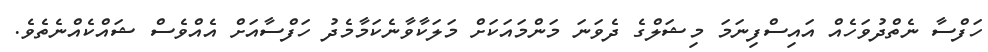
ހަފްސާ ނެތްދުވަހެއް އައިސްފިނަމަ މިޝަލްގެ ދެވަނަ މަންމައަކަށް މަލަކާވާނެކަމާމެދު ހަފްސާއަށް އެއްވެސް ޝައްކެއްނެތެވެ.